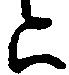
は